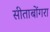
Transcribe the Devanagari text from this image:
सीताबोंगरा